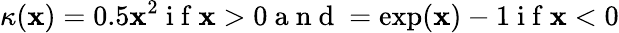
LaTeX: \kappa(\mathbf{x})=0.5\mathbf{x}^{2}\mathrm{{~i~f~}}\mathbf{x}>0\mathrm{{~a~n~d~}}=\exp(\mathbf{x})-1\mathrm{{~i~f~}}\mathbf{x}<0